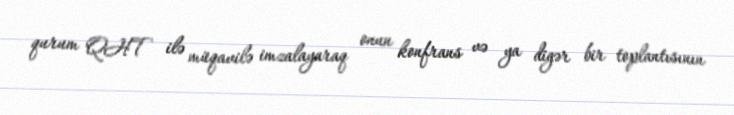
qurum QHT ilə müqavilə imzalayaraq onun konfrans və ya digər bir toplantısının